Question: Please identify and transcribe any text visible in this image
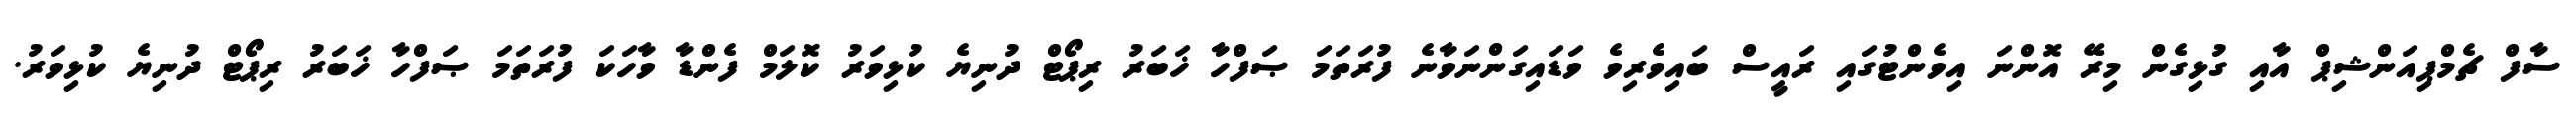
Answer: ސާފް ޗެމްޕިއަންޝިޕް އާއި ގުޅިގެން މިރޭ އޮންނަ އިވެންޓުގައި ރައީސް ބައިވެރިވެ ވަޑައިގަންނަވާނެ ފުރަތަމަ ޞަފްހާ ޚަބަރު ރިޕޯޓް ދުނިޔެ ކުޅިވަރު ކޮލަމް ފެންޑާ ވާހަކަ ފުރަތަމަ ޞަފްހާ ޚަބަރު ރިޕޯޓް ދުނިޔެ ކުޅިވަރު.